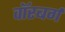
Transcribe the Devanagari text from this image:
वॉरबर्ग